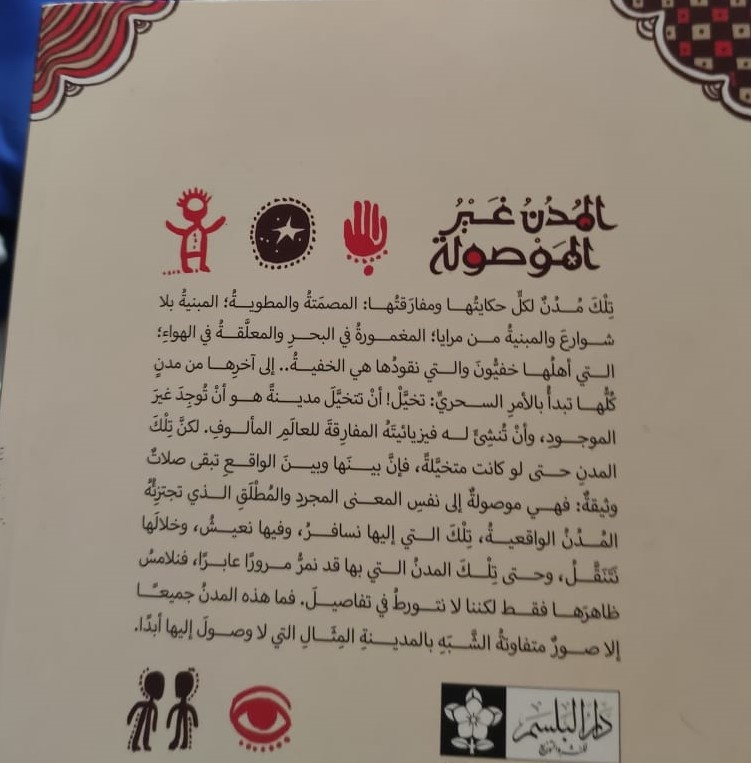
Text in image: المدن غير الموصولة المبية المصمتة والمطوية بلا ومفارقتها مدن لكل تلك حكايتها والمعلقة الهواء؛ في البحر والمبنية المغمورة مرايا؛ في من شوارع مدن آخرها إلى من الخفية نقودها أهلها خفيون والتي هي التي توجد غير أن تتخيل مدينة هو تخيل! تبدأ بالأمر السحري: كلها تلك لكن المألوف للعالم المفارقة له فيزيائيته وأن تنشئ الموجود صلات الواقع تبقى وبين فإن بينها متخيلة كانت لو حتى المدن تجتزئه والمطلق الذي المجرد المعنى إلى نفس موصولة وثيقة فهي وخلالها نعيش وفيها تلك نسافر إليها التي الواقعية المدن فنلامس عابراً قد نمر مروراً المدن بها التي تلك نتنقل وحتى جميعا المدن فما هذه تفاصيل في نتورط لا لكننا فقط ظاهرها ابداً إليها وصول لا المثال التي بالمدينة الشبه متفاوتة إلا صور دار البلسم